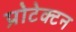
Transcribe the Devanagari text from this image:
प्रोटेक्टन